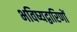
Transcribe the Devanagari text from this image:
भविष्यद्वारिणों